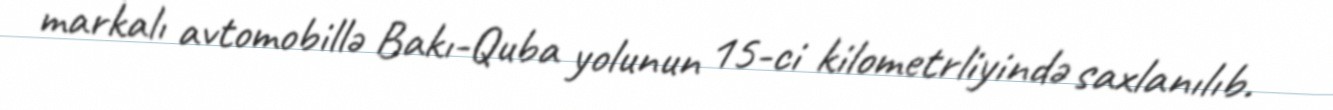
markalı avtomobillə Bakı-Quba yolunun 15-ci kilometrliyində saxlanılıb.